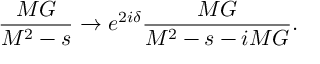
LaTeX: \frac { M G } { M ^ { 2 } - s } \rightarrow e ^ { 2 i \delta } \frac { M G } { M ^ { 2 } - s - i M G } .